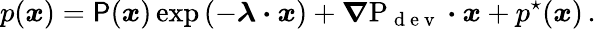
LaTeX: p(\boldsymbol{x})=\mathsf{P}(\boldsymbol{x})\exp\left(-\boldsymbol{\lambda}\boldsymbol{\cdot}\boldsymbol{x}\right)+\boldsymbol{\nabla}\mathrm{P}_{\mathrm{~d~e~v~}}\boldsymbol{\cdot}\boldsymbol{x}+p^{\star}(\boldsymbol{x})\, .